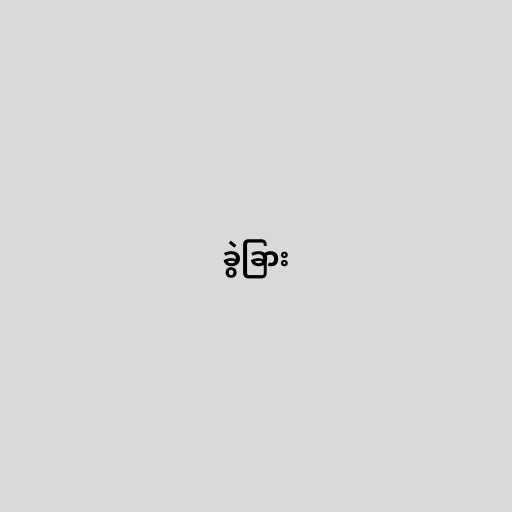
ခွဲခြား